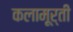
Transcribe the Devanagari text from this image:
कलामूर्ती